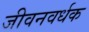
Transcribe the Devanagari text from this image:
जीवनवर्धक